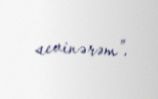
sevinərəm”.